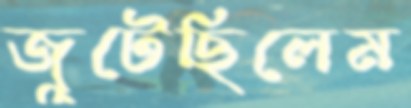
জুটেছিলেম